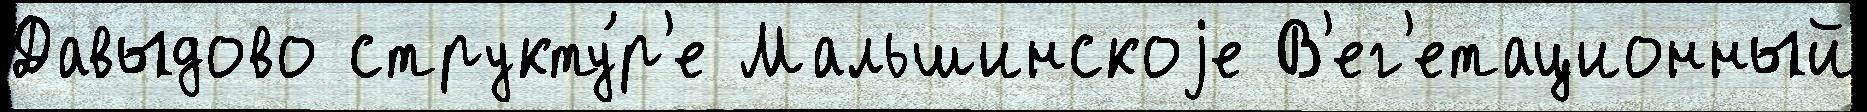
Давыдово структу́р'е Мальшинскоjе В'ег'етационный